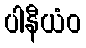
ပါနီယံဝ